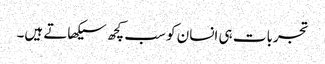
تجربات ہی انسان کو سب کچھ سیکھاتے ہیں۔